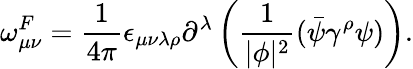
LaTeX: \omega_{\mu\nu}^{F}=\frac{1}{4\pi}\epsilon_{\mu\nu\lambda\rho}\partial^{\lambda}\left(\frac{1}{|\phi|^{2}}(\bar{\psi}\gamma^{\rho}\psi)\right).